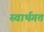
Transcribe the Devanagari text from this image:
स्वार्थगत